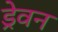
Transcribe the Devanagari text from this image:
ड्रेवन